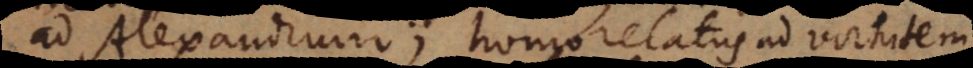
ad Alexandrum; homo relatus ad virtutem,